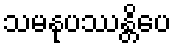
သမနုပဿန္တိပေ